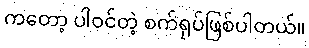
ကတော့ ပါဝင်တဲ့ စက်ရုပ်ဖြစ်ပါတယ်။